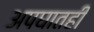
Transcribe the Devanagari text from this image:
अपघातही